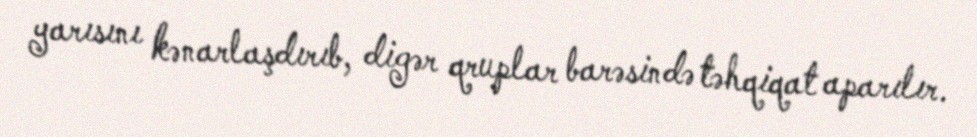
yarısını kənarlaşdırıb, digər qruplar barəsində təhqiqat aparılır.